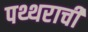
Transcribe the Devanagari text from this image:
पथ्थराची